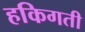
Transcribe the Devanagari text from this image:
हकिगती